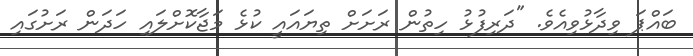
ބައްޕަ ވިދާޅުވިއެވެ. "ދަރިފުޅު ހިތުން ރަށަށް ތިޔައައީ ކުޅެ މަޖާކޮށްލައި ހަދަން ރަށުގައި